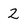
Character: 2